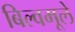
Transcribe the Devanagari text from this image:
बिल्वमूले